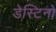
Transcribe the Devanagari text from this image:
डेस्टिनो